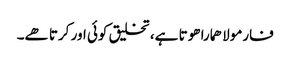
فارمولا ھمارا ھوتا ہے، تخلیق کوئی اور کرتا ھے۔